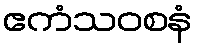
ဧကံသဝစနံ